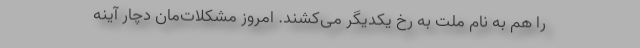
را هم به نام ملت به رخ یکدیگر می‌کشند. امروز مشکلات‌مان دچار آینه